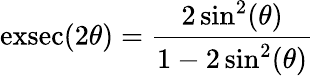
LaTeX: \operatorname{exsec}(2\theta)={\frac{2\sin^{2}(\theta)}{1-2\sin^{2}(\theta)}}